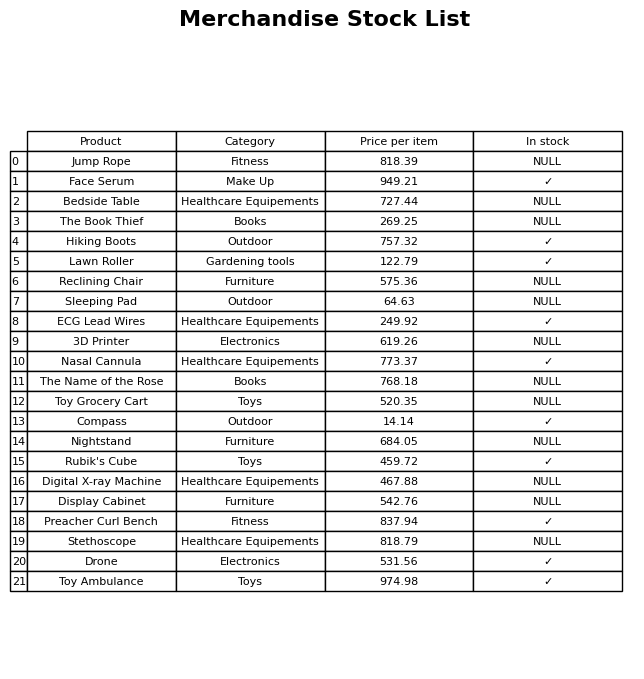
question: What is the price for Bedside Table?
answer: The price of Bedside Table is 727.44.